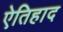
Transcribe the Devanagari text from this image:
ऐतिहाद